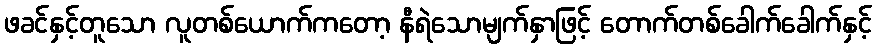
ဖခင်နှင့်တူသော လူတစ်ယောက်ကတော့ နီရဲသောမျက်နှာဖြင့် တောက်တစ်ခေါက်ခေါက်နှင့်